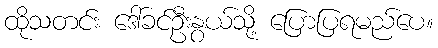
ထိုသတင်း ဒေါ်ခင်ဦးနွယ်သို့ ပြောပြရမည်ပေ။